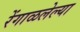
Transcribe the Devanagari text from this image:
रेंगाळलेल्या